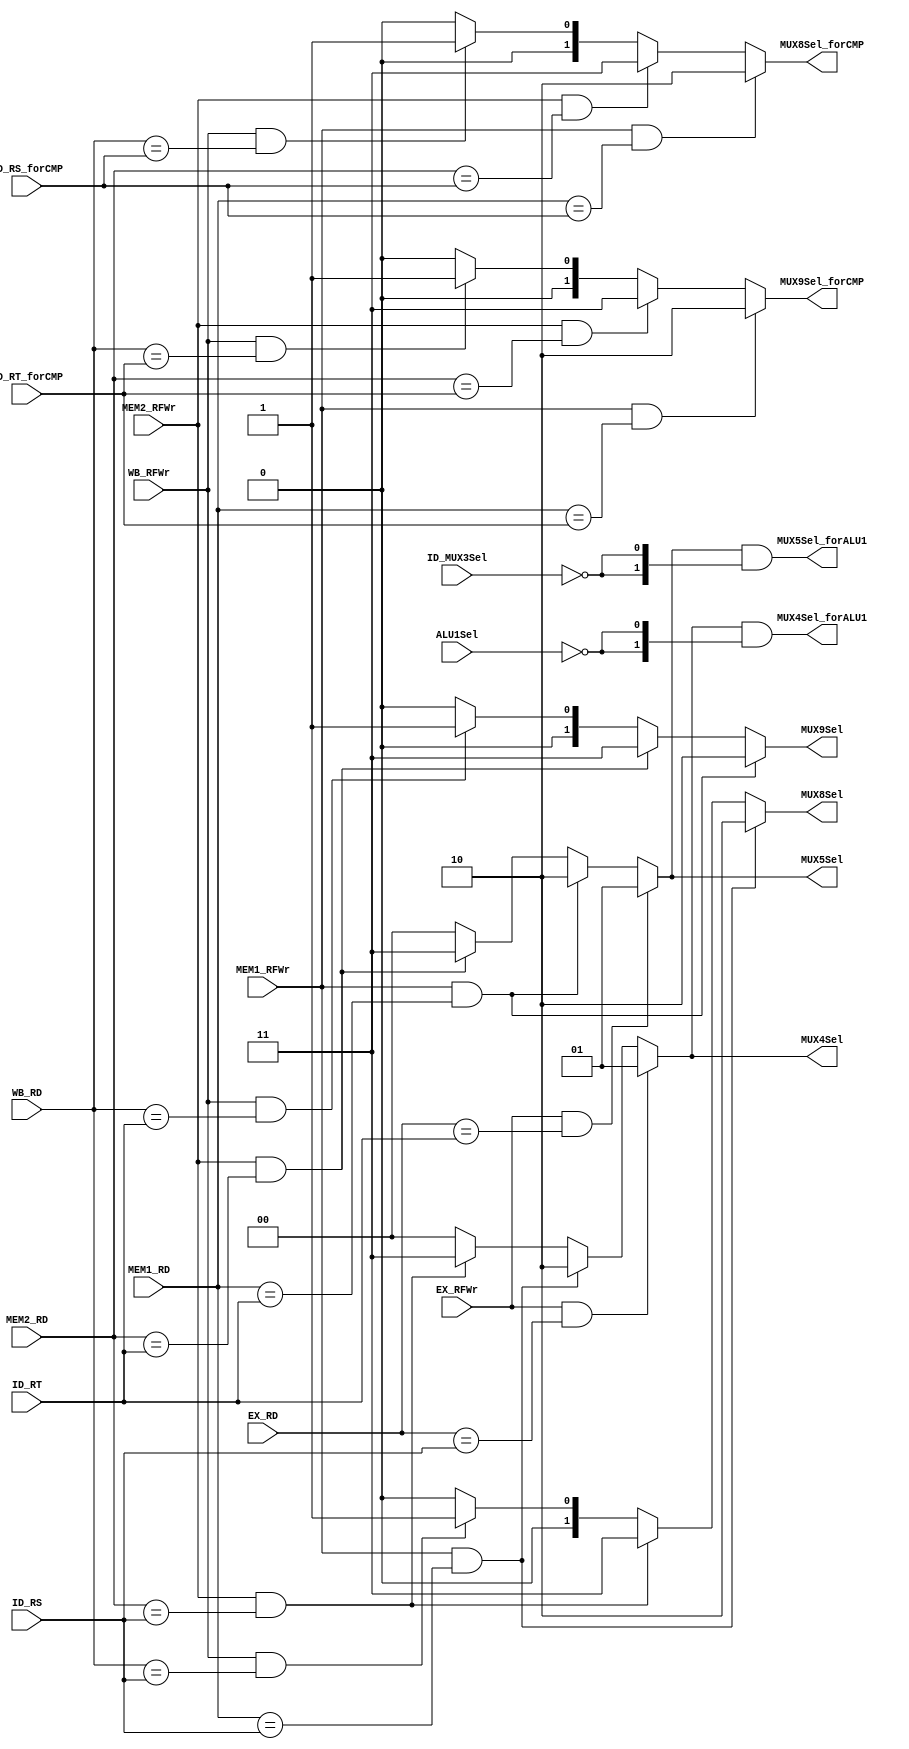
module bypass(
	input 			MEM1_RFWr, 
	input			MEM2_RFWr, 
	input			WB_RFWr, 
	input			EX_RFWr,
	input [4:0] 	ID_RS, 
	input [4:0]		ID_RT, 
	input [4:0]		MEM1_RD, 
	input [4:0]		MEM2_RD, 
	input [4:0]		WB_RD, 
	input [4:0]		EX_RD,
	input [4:0] 	ID_RS_forCMP, 
	input [4:0]		ID_RT_forCMP,
	input 			ID_MUX3Sel,
	input 			ALU1Sel,

	output reg [1:0]	MUX4Sel,
	output reg [1:0]	MUX5Sel,
	output reg [1:0] 	MUX8Sel, 
	output reg [1:0]	MUX9Sel,
	output reg [1:0] 	MUX8Sel_forCMP, 
	output reg [1:0]	MUX9Sel_forCMP,
	output [1:0]		MUX5Sel_forALU1,
	output [1:0]		MUX4Sel_forALU1
);


	always@(EX_RFWr, MEM1_RFWr, MEM2_RFWr, ID_RS, MEM1_RD, MEM2_RD, EX_RD)
		if(EX_RFWr && (EX_RD == ID_RS))
			MUX4Sel = 2'b01;		//EX->ID/MEM1->EX for RS
		else if (MEM1_RFWr && (MEM1_RD == ID_RS))
			MUX4Sel = 2'b10;		//MEM1->ID/MEM2->EX for RS
		else if(MEM2_RFWr && (MEM2_RD == ID_RS))
			MUX4Sel = 2'b11;		//MEM2->ID/WB->EX for RS
		else
			MUX4Sel = 2'b00;		//NO bypass for RS

 	always@(EX_RFWr, MEM1_RFWr, MEM2_RFWr, ID_RT, MEM1_RD, MEM2_RD, EX_RD)
	 	if(EX_RFWr && (EX_RD == ID_RT))
			MUX5Sel = 2'b01;		//EX->ID/MEM1->EX for RT
		else if (MEM1_RFWr && (MEM1_RD == ID_RT))
			MUX5Sel = 2'b10;		//MEM1->ID/MEM2->EX for RT
		else if(MEM2_RFWr && (MEM2_RD == ID_RT))
			MUX5Sel = 2'b11;		//MEM2->ID/WB->EX for RT
		else
			MUX5Sel = 2'b00;		//NO bypass for RT

	always@(WB_RFWr, MEM1_RFWr, MEM2_RFWr, ID_RS, MEM1_RD, MEM2_RD, WB_RD)
		if (MEM1_RFWr && (MEM1_RD == ID_RS))
			MUX8Sel = 2'b10;		//MEM1->ID for RS
		else if(MEM2_RFWr && (MEM2_RD == ID_RS))
			MUX8Sel = 2'b11;		//MEM2->ID for RS
		else if(WB_RFWr && (WB_RD == ID_RS))
			MUX8Sel = 2'b01;		//WB->ID for RS
		else
			MUX8Sel = 2'b00;		//NO bypass for RS

 	always@(WB_RFWr, MEM1_RFWr, MEM2_RFWr, ID_RT, MEM1_RD, MEM2_RD, WB_RD)
		if (MEM1_RFWr && (MEM1_RD == ID_RT))
			MUX9Sel = 2'b10;		//MEM1->ID for RT
		else if(MEM2_RFWr && (MEM2_RD == ID_RT))
			MUX9Sel = 2'b11;		//MEM2->ID for RT
		else if(WB_RFWr && (WB_RD == ID_RT))
			MUX9Sel = 2'b01;		//WB->ID for RT
		else
			MUX9Sel = 2'b00;		//NO bypass for RT

	always@(WB_RFWr, MEM1_RFWr, MEM2_RFWr, ID_RS_forCMP, MEM1_RD, MEM2_RD, WB_RD)
		if (MEM1_RFWr && (MEM1_RD == ID_RS_forCMP))
			MUX8Sel_forCMP = 2'b10;		//MEM1->ID for RS
		else if(MEM2_RFWr && (MEM2_RD == ID_RS_forCMP))
			MUX8Sel_forCMP = 2'b11;		//MEM2->ID for RS
		else if(WB_RFWr && (WB_RD == ID_RS_forCMP))
			MUX8Sel_forCMP = 2'b01;		//WB->ID for RS
		else
			MUX8Sel_forCMP = 2'b00;		//NO bypass for RS

	always@(WB_RFWr, MEM1_RFWr, MEM2_RFWr, ID_RT_forCMP, MEM1_RD, MEM2_RD, WB_RD)
		if (MEM1_RFWr && (MEM1_RD == ID_RT_forCMP))
			MUX9Sel_forCMP = 2'b10;		//MEM1->ID for RT
		else if(MEM2_RFWr && (MEM2_RD == ID_RT_forCMP))
			MUX9Sel_forCMP = 2'b11;		//MEM2->ID for RT
		else if(WB_RFWr && (WB_RD == ID_RT_forCMP))
			MUX9Sel_forCMP = 2'b01;		//WB->ID for RT
		else
			MUX9Sel_forCMP = 2'b00;		//NO bypass for RT

	assign MUX5Sel_forALU1 = MUX5Sel & {2{~ID_MUX3Sel}};
	assign MUX4Sel_forALU1 = MUX4Sel & {2{~ALU1Sel}};
endmodule

module stall(
	input 			clk,
	input 			rst,
	input [4:0] 	EX_RT,
	input [4:0] 	MEM1_RT,
	input [4:0] 	MEM2_RT,
	input [4:0] 	ID_RS,
	input [4:0] 	ID_RT,
	input [31:0] 	ID_PC,
	input [31:0] 	EX_PC,
	input [31:0] 	MEM1_PC,
	input 			EX_DMRd,
	input 			MEM1_DMRd,
	input 			MEM2_DMRd,
	input 			BJOp,
	input 			EX_RFWr,
	input 			MEM1_RFWr,
	input 			MEM2_RFWr,
	input 			EX_CP0Rd,
	input 			MEM1_CP0Rd,
	input 			MEM2_CP0Rd,
	input 			MEM1_ee,
	input 			rst_sign,
	input 			isbusy,
	input 			RHL_visit,
	input 			iCache_data_ok,
	input 			dCache_data_ok,
	input 			MEM_dCache_en,
	input 			MEM1_cache_sel,
	input 			MEM1_dCache_en,
	input 			ID_tlb_searchen,
	input 			EX_CP0WrEn,
	input 			MUL_sign,
	input 			EX_SC_signal,
	input 			MEM1_SC_signal,
	input 			MEM1_WAIT_OP,
	input 			Interrupt,
	input			ID_isBL,

	output reg 		PCWr,
	output reg 		IF_IDWr,
	output reg 		MUX7Sel,
	output	 		icache_stall,
	output 			isStall,
	output 			dcache_stall,
	output reg 		ID_EXWr,
	output reg 		EX_MEM1Wr,
	output reg 		MEM1_MEM2Wr,
	output reg 		MEM2_WBWr,
	output reg 		PF_IFWr,
	output 			data_stall,
	output 			whole_stall
);

	wire 			addr_ok;
	wire 			stall_0;
	wire 			stall_1;
	wire 			stall_2;
	wire 			stall_3;	
	wire 			stall_4;			


	assign dcache_stall = (~dCache_data_ok |~iCache_data_ok);
	assign isStall= whole_stall | data_stall | ID_isBL;
	assign icache_stall = (~dCache_data_ok | MEM1_WAIT_OP | MUL_sign) | data_stall | ID_isBL;

	//assign stall_0 = (EX_DMRd || EX_CP0Rd || EX_SC_signal || BJOp || ALU2Op==5'b01011) && ( (EX_RT == ID_RS) || (EX_RT == ID_RT) ) && (ID_PC != EX_PC);
	//assign stall_1 = (MEM1_DMRd || MEM1_CP0Rd || MEM1_SC_signal) && ( (MEM1_RT == ID_RS) || (MEM1_RT == ID_RT) ) && (ID_PC != MEM1_PC);
	//assign stall_2 = (BJOp || ALU2Op==5'b01011) && MEM2_RFWr && (MEM2_DMRd) && ( (MEM2_RT == ID_RS) || (MEM2_RT == ID_RT)  && (MEM2_RT != 5'b0));
	//assign stall_3 = (BJOp || ALU2Op==5'b01011) && EX_RFWr && !EX_SC_signal && ( (EX_RT == ID_RS) || (EX_RT == ID_RT) ) && (EX_RT != 5'b0);

	assign stall_0 = (EX_DMRd | EX_CP0Rd | BJOp | EX_SC_signal) & ((EX_RT == ID_RS) | (EX_RT == ID_RT) ) & EX_RFWr;
	assign stall_1 = (MEM1_DMRd | MEM1_CP0Rd | BJOp&MEM1_SC_signal) & ((MEM1_RT == ID_RS) | (MEM1_RT == ID_RT) ) & MEM1_RFWr;
	assign stall_2 = (BJOp  & MEM2_DMRd ) & ((MEM2_RT == ID_RS) | (MEM2_RT == ID_RT)) & MEM2_RFWr;
	assign stall_3 = ID_tlb_searchen && EX_CP0WrEn;
	assign stall_4 = isbusy && RHL_visit;

	assign data_stall = stall_0 | stall_1 | stall_2 | stall_3 | stall_4;
	assign whole_stall = dcache_stall | MEM1_WAIT_OP | MUL_sign;

	always@( * )
		if(MEM1_ee) begin
			PF_IFWr = 1'b1;
			PCWr = 1'b1;
			IF_IDWr = 1'b1;
			ID_EXWr = 1'b1;
			EX_MEM1Wr =1'b1;
			MEM1_MEM2Wr = dCache_data_ok;
			MEM2_WBWr = dCache_data_ok;
			MUX7Sel = 1'b0;
		end
		else if(whole_stall) begin
			PCWr = 1'b0;
			PF_IFWr = 1'b0;
			IF_IDWr = 1'b0;
			ID_EXWr = 1'b0;
			EX_MEM1Wr =1'b0;
			MEM1_MEM2Wr = 1'b0;
			MEM2_WBWr = 1'b0;
			MUX7Sel = 1'b0;
		end
		else if(data_stall) begin
			PCWr = 1'b0;
			PF_IFWr = 1'b0;
			IF_IDWr = 1'b0;
			ID_EXWr = 1'b1;
			EX_MEM1Wr =1'b1;
			MEM1_MEM2Wr = 1'b1;
			MEM2_WBWr = 1'b1;
			MUX7Sel = 1'b1;
		end
		else if (ID_isBL) begin
			PCWr = 1'b0;
			PF_IFWr = 1'b0;
			IF_IDWr = 1'b0;
			ID_EXWr = 1'b1;
			EX_MEM1Wr =1'b1;
			MEM1_MEM2Wr = 1'b1;
			MEM2_WBWr = 1'b1;
			MUX7Sel = 1'b0;
		end
		else begin
			PCWr = 1'b1;
			PF_IFWr = 1'b1;
			IF_IDWr = 1'b1;
			ID_EXWr = 1'b1;
			EX_MEM1Wr =1'b1;
			MEM1_MEM2Wr = 1'b1;
			MEM2_WBWr = 1'b1;
			MUX7Sel = 1'b0;
		end

endmodule